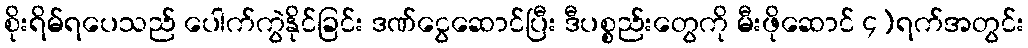
စိုးရိမ်ရပေသည် ပေါက်ကွဲနိုင်ခြင်း ဒဏ်ငွေဆောင်ပြီး ဒီပစ္စည်းတွေကို မီးဖိုဆောင် ၄)ရက်အတွင်း